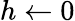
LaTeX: h\leftarrow 0